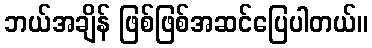
ဘယ်အချိန် ဖြစ်ဖြစ်အဆင်ပြေပါတယ်။